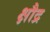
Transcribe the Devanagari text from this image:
क्षौद्र